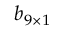
\boldsymbol { b } _ { 9 \times 1 }